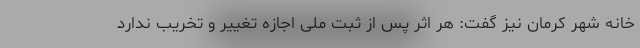
خانه شهر کرمان نیز گفت: هر اثر پس از ثبت ملی اجازه تغییر و تخریب ندارد